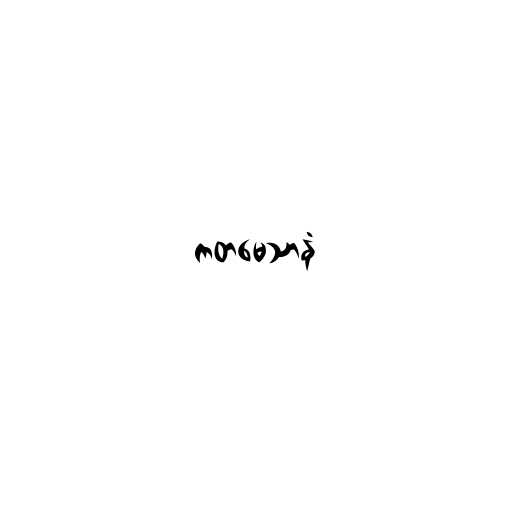
ကတမေသာနံ